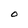
Character: O